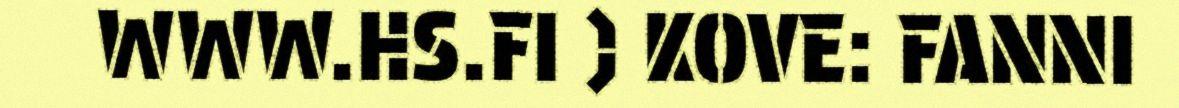
WWW.HS.FI ) KOVE: FANNI